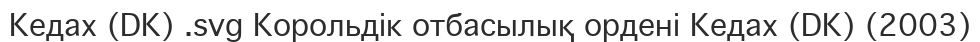
Keдах (DK) .svg Корольдік отбасылық ордені Кедах (DK) (2003)